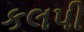
કલપી